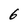
Character: 6